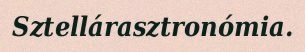
Sztellárasztronómia.